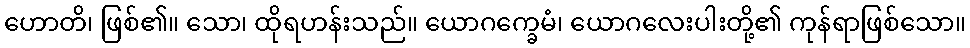
ဟောတိ၊ ဖြစ်၏။ သော၊ ထိုရဟန်းသည်။ ယောဂက္ခေမံ၊ ယောဂလေးပါးတို့၏ ကုန်ရာဖြစ်သော။